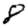
Digit: 8